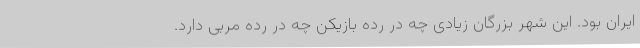
ایران بود. این شهر بزرگان زیادی چه در رده بازیکن چه در رده مربی دارد.